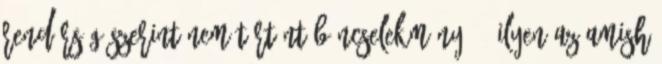
rendőrség szerint nem történt bűncselekmény 6. Ilyen az amish